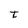
Character: t